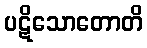
ပဋိသောတောတိ